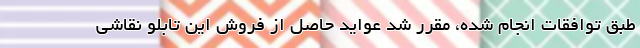
طبق توافقات انجام شده، مقرر شد عواید حاصل از فروش این تابلو نقاشی